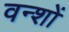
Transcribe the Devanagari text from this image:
वन्शों